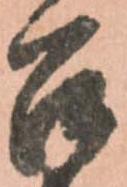
召